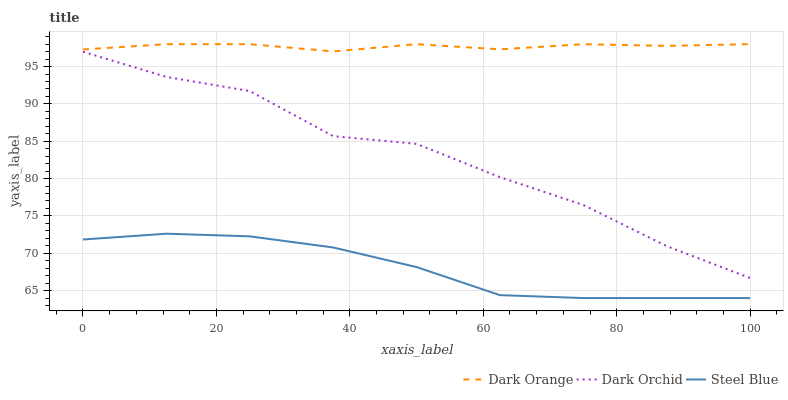
| xaxis_label | Dark Orange | Dark Orchid | Steel Blue |
 | --- | --- | --- | --- |
 | 0 | 97.3 | 97 | 71.8 |
 | 12.5 | 98 | 93.6 | 72.6 |
 | 25 | 98 | 91.7 | 72.3 |
 | 37.5 | 97 | 85.7 | 70.8 |
 | 50 | 98 | 84.7 | 68.2 |
 | 62.5 | 97.3 | 80.2 | 64.4 |
 | 75 | 98 | 76.5 | 64 |
 | 87.5 | 97.8 | 71 | 64 |
 | 100 | 98 | 66.7 | 64 |